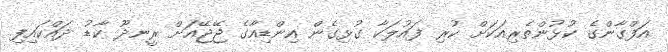
އަފްގާންގެ ކުޅުންތެރިއަކަށް ކުރި ފައުލަކާ ގުޅިގެން އިންޑިއާގެ ޖޭޖޭއަށް ރީނދޫ ކާޑު ދައްކައިފި.